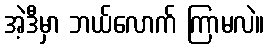
အဲ့ဒီမှာ ဘယ်လောက် ကြာမလဲ။